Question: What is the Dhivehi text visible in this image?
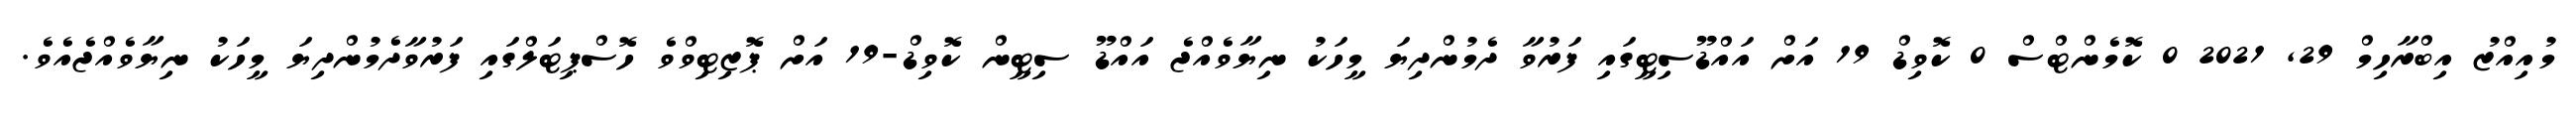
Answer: މުއިއްޒު އިބްރާހިމް 29, 2021 0 ކޮމެންޓްސް 0 ކޮވިޑް 19 އަށް އައްޑޫސިޓީގައި ފަރުވާ ދެމުންދިޔަ މީހަކު ނިޔާވެއްޖެ އައްޑޫ ސިޓީން ކޮވިޑް-19 އަށް ޕޮޒިޓިވްވެ ހޮސްޕިޓަލްގައި ފަރުވާދެމުންދިޔަ މީހަކު ނިޔާވެއްޖެއެވެ.